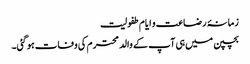
زمانۂ رضاعت و ایام طفولیت
بچپن میں ہی آپ کے والد محترم کی وفات ہوگئی۔